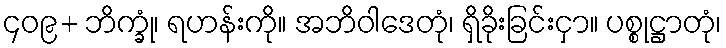
၄၀၉+ ဘိက္ခုံ၊ ရဟန်းကို။ အဘိဝါဒေတုံ၊ ရှိခိုးခြင်းငှာ။ ပစ္စုဋ္ဌာတုံ၊